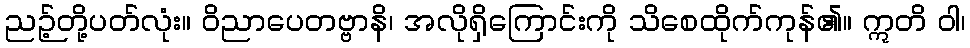
ညဉ့်တို့ပတ်လုံး။ ဝိညာပေတဗ္ဗာနိ၊ အလိုရှိကြောင်းကို သိစေထိုက်ကုန်၏။ ဣတိ ဝါ၊